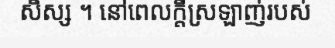
សិស្ស ។ នៅពេលក្តីស្រឡាញ់របស់